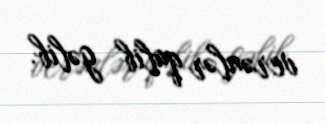
verənlər qalib gəlib.